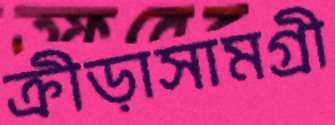
ক্রীড়াসামগ্রী